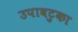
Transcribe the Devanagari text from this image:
उपावटुका